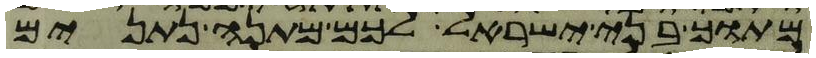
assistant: מתוך בני ישראל לכם מתנה נתנים